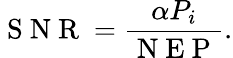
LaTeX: \mathrm{~S~N~R~}=\frac{\alpha P_{i}}{\mathrm{~N~E~P~}}.